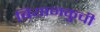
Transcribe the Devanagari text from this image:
बियानकुची